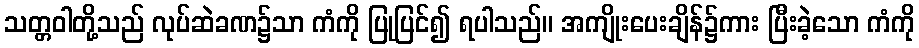
သတ္တဝါတို့သည် လုပ်ဆဲခဏ၌သာ ကံကို ပြုပြင်၍ ရပါသည်။ အကျိုးပေးချိန်၌ကား ပြီးခဲ့သော ကံကို